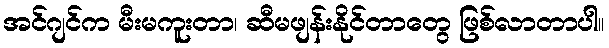
အင်ဂျင်က မီးမကူးတာ၊ ဆီမဖျန်းနိုင်တာတွေ ဖြစ်လာတာပါ။